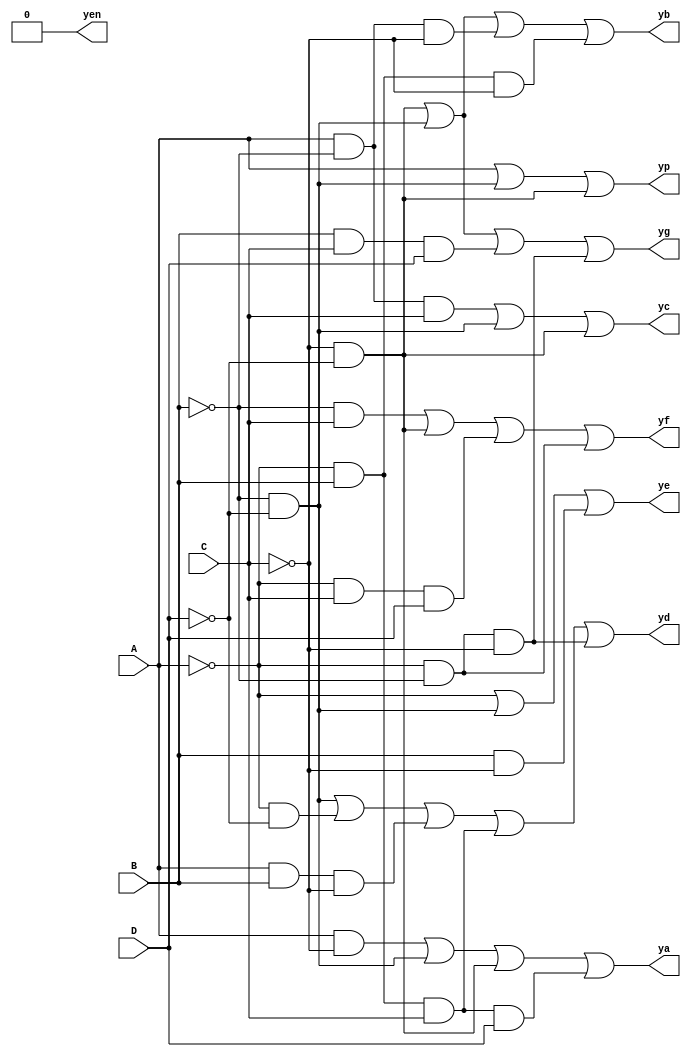
module bcd_decoder (A, B, C, D, ya, yb, yc, yd, ye, yf, yg, yp, yen);

input A, B, C, D;
output ya, yb, yc, yd, ye, yf, yg, yp, yen;

assign yen = 0;
assign ya = (A & ~C) | (~B & ~D) | (~C & ~D) | (~A & B & C & D);
assign yb = (~C & ~D) | (~B & ~D) | (A & ~B & ~C) | (~A & B & ~C);
assign yc = (A & ~B & C) | (~B & ~D) | (~C & ~D);
assign yd = (~B & ~D) | (~A & ~D) | (A & B & ~C) | (~A & B & C) | (~A & ~B & ~C);
assign ye = ~A | (~B & ~D) | (B & ~C);
assign yf = (~B & C) | (~C & ~D) | (~A & C & D) | (~A & ~B);
assign yg = (~C & ~D) | (~B & ~D) | (B & C & D) | (~A & ~B & ~C);
assign yp = A | (~ B & ~ D) | (~C & ~D);

endmodule